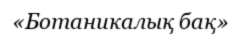
«Ботаникалық бақ»